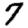
Digit: 7